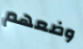
وضعهم